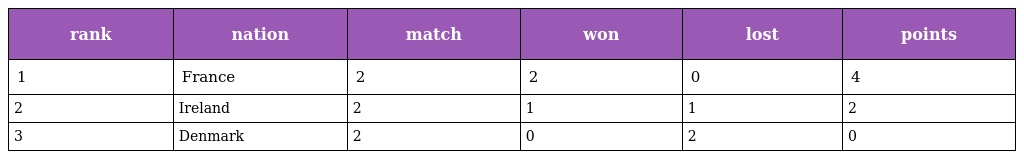
| rank | nation | match | won | lost | points |
 | --- | --- | --- | --- | --- | --- |
 | 1 | France | 2 | 2 | 0 | 4 |
 | 2 | Ireland | 2 | 1 | 1 | 2 |
 | 3 | Denmark | 2 | 0 | 2 | 0 |